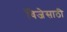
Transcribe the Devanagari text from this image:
विजेसाठी